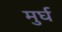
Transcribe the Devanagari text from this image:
मुर्घ